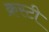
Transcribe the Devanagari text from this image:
क्रस्टी